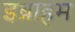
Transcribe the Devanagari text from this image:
इब्राहम